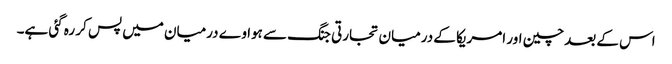
اس کے بعد چین اور امریکا کے درمیان تجارتی جنگ سے ہواوے درمیان میں پس کر رہ گئی ہے۔